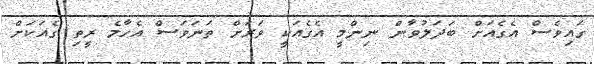
ގައިވެސް އެގެއަށް ބަދަލުވާން ނިންމީ އެގެއަކީ ވަރަށް ތަނަވަސް އެހާމެ ރީތި ގެއަކަށް